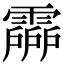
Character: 𩅶